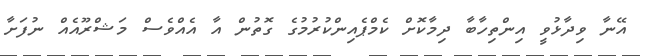
އޭނާ ވިދާޅުވީ އިންތިހާބާ ދިމާކޮށް ކެމްޕެއިންކުރުމުގެ ގޮތުން އާ އެއްވެސް މަޝްރޫއެއް ނުފަށާ